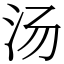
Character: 汤